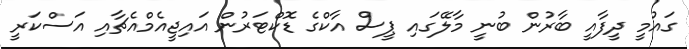
ގައުމީ ދީފާއީ ބާރުން ބުނީ މާލޭގައި ޕީސް އާކްގެ ޑޮކްޓަރުން އައިޖީއެމްއެޗާއި އަސްކަރީ